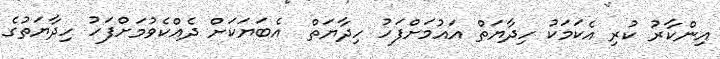
އިންކާރު ކުރި އެކަމަކު ހިދާޔަތް އައުމަށްފަހު ހިދާޔަތް  އެބަޔަކަށް ދެއްކެވުމަށްފަހު ހިދާޔަތުގެ